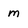
Character: m